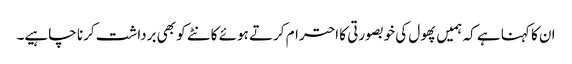
ان کا کہنا ہے کہ ہمیں پھول کی خوبصورتی کا احترام کرتے ہوئے کانٹے کو بھی برداشت کرنا چاہیے۔